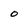
Character: o